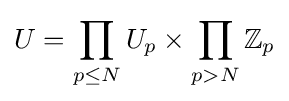
U=\prod _{p\leq N}U_{p}\times \prod _{p>N}\mathbb {Z} _{p}